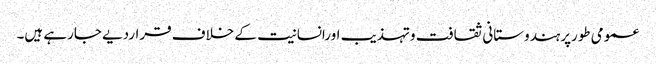
عمومی طورپرہندوستانی ثقافت وتہذیب اورانسانیت کے خلاف قراردیے جارہے ہیں۔